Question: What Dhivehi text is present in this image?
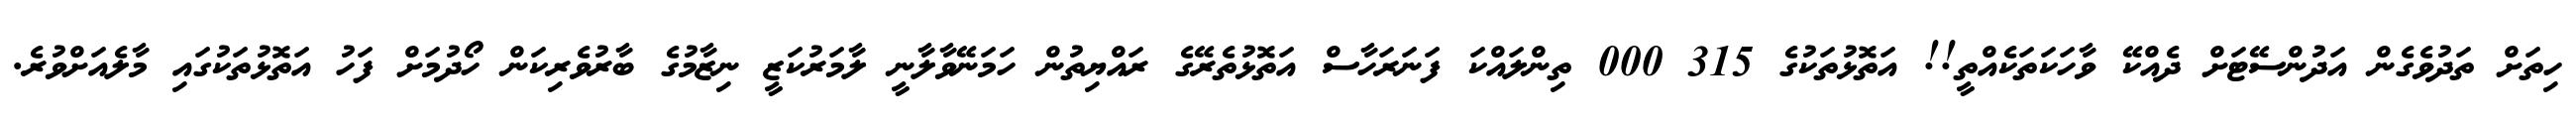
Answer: ހިތަށް ތަދުވެގެން އަދުންސޭޓަށް ދެއްކޭ ވާހަކަތަކެއްތީ!! އަތޮޅުތަކުގެ 315 000 ތިންލައްކަ ފަނަރަހާސް އަތޮޅުތެރޭގެ ރައްޔިތުން ހަމަނޭވާލާނީ ލާމަރުކަޒީ ނިޒާމުގެ ބާރުވެރިކަން ހޯދުމަށް ފަހު އަތޮޅުތަކުގައި މާލެއަށްވުރެ.